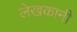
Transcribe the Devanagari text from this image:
लेखकानी